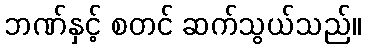
ဘဏ်နှင့် စတင် ဆက်သွယ်သည်။